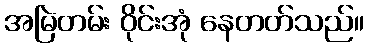
အမြဲတမ်း ဝိုင်းအုံ နေတတ်သည်။